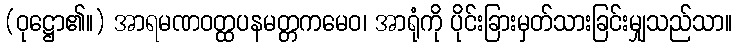
(ဝုဋ္ဌော၏။) အာရမဏဝတ္ထပနမတ္တကမေဝ၊ အာရုံကို ပိုင်းခြားမှတ်သားခြင်းမျှသည်သာ။